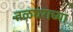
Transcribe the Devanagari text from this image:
तळघराच्या